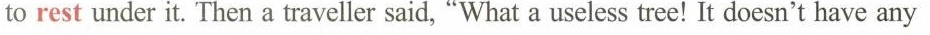
torest under it. Then a traveller said,"What a useless tree! It doesn't have any